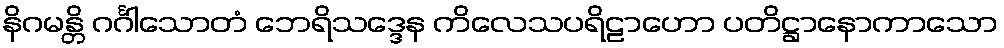
နိဂမန္တိ ဂင်္ဂါသောတံ ဘေရိသဒ္ဒေန ကိလေသပရိဠာဟော ပတိဋ္ဌာနောကာသော